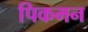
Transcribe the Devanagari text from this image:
पिकमन